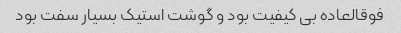
فوقالعاده بی کیفیت بود و گوشت استیک بسیار سفت بود